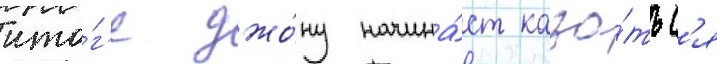
ито́г'е джо́ну начина́ет каза́тьс'я